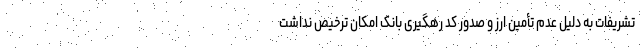
تشریفات به دلیل عدم تأمین ارز و صدور کد رهگیری بانک امکان ترخیص نداشت